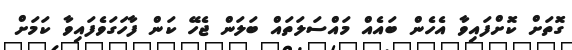
ގޮތަށް ކޮށްފައިވާ އެހެން ބައެއް މައްސަލަތައް ބަލަން ޖެހޭ ކަން ފާހަގަވެފައިވާ ކަމަށް